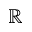
\mathbb { R }